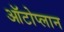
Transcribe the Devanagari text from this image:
ऑटोप्लान